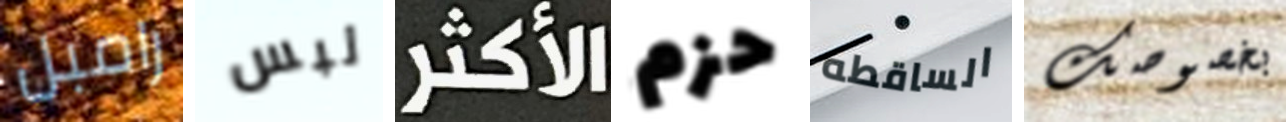
رامبل لبس الأكثر حزم الساقطه بخصوصك